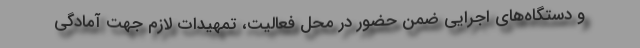
و دستگاه‌های اجرایی ضمن حضور در محل فعالیت، تمهیدات لازم جهت آمادگی